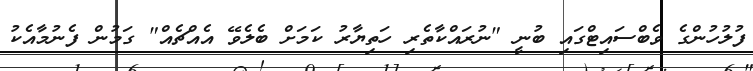
ފުލުހުންގެ ވެބްސައިޓްގައި ބުނީ "ނުރައްކާތެރި ހަތިޔާރު ކަމަށް ބެލެވޭ އެއްޗެއް" ގަމުން ފެނުމާއެކު